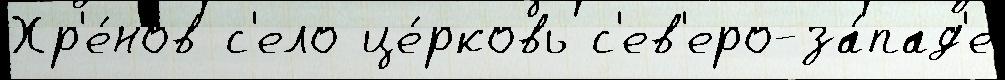
Хр'е́нов с'ело це́рковь с'ев'еро-за́пад'е